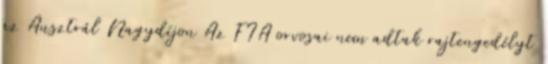
az Ausztrál Nagydíjon Az FIA orvosai nem adtak rajtengedélyt